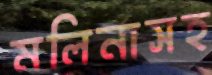
মলিনাসহ